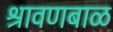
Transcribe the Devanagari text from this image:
श्रावणबाळ